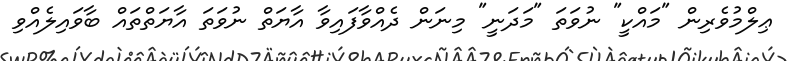
ޢިލްމުވެރިން "މައްކީ" ނުވަތަ "މަދަނީ" މިނަން ދެއްވާފައިވާ އާޔަތް ނުވަތަ އާޔަތްތައް ބާވައިލެއްވި